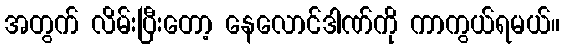
အတွက် လိမ်းပြီးတော့ နေလောင်ဒါဏ်ကို ကာကွယ်ရမယ်။